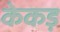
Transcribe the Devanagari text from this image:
केकड़